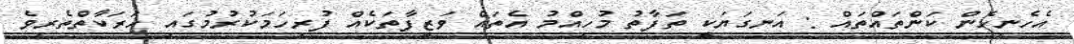
އެހެނިހެން ކަންތައްތައް : އަނގަޔަކީ ތަފާތު މުހިއްމު އެތައް ވަޒީފާތަކެއް ފުރިހަމަކުރުމުގައި ހަރަކާތްތެރިވެ